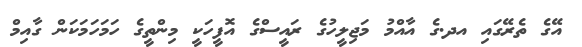
އޭގެ ތެރޭގައި އދ.ގެ އާއްމު މަޖިލީހުގެ ރައީސްގެ އޮފީހަކީ މިންތީގެ ހަމަހަމަކަން ގާއިމް